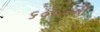
૬૦૦૦ની